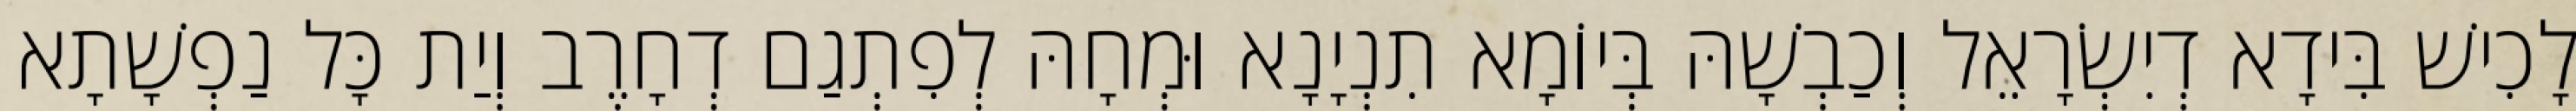
לָכִישׁ בִּידָא דְיִשְׂרָאֵל וְכַבְשָׁהּ בְּיוֹמָא תִנְיָנָא וּמְחָהּ לְפִתְגַם דְחָרֶב וְיַת כָּל נַפְשָׁתָא